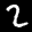
Label: 2